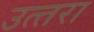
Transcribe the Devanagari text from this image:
उत्‍तरा